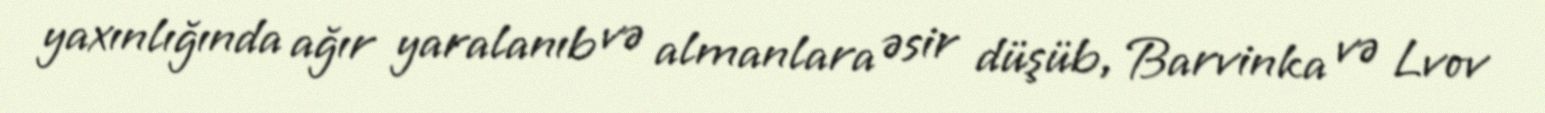
yaxınlığında ağır yaralanıb və almanlara əsir düşüb, Barvinka və Lvov